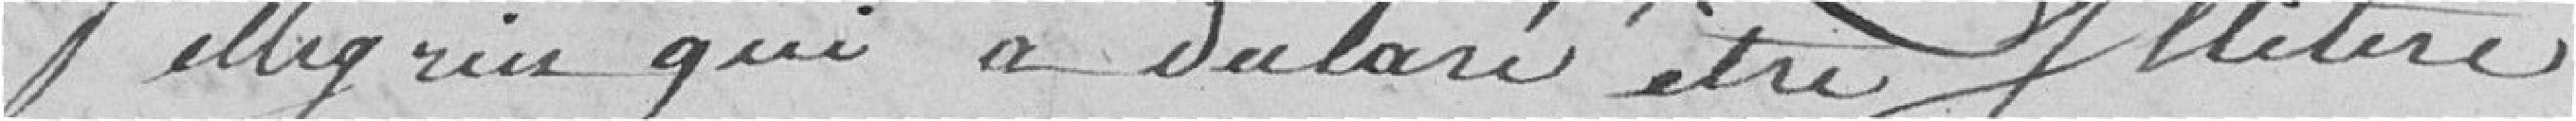
Pellegrin qui a déclaré être illettré